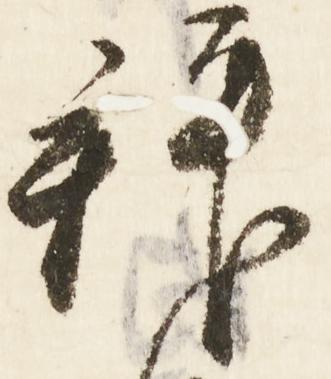
拝